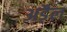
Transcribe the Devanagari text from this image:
अड़ैल